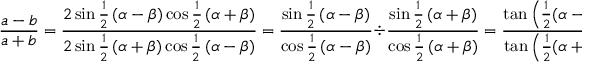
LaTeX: { \frac { a - b } { a + b } } = { \frac { 2 \sin { \frac { 1 } { 2 } } \left( \alpha - \beta \right) \cos { \frac { 1 } { 2 } } \left( \alpha + \beta \right) } { 2 \sin { \frac { 1 } { 2 } } \left( \alpha + \beta \right) \cos { \frac { 1 } { 2 } } \left( \alpha - \beta \right) } } = { \frac { \sin { \frac { 1 } { 2 } } \left( \alpha - \beta \right) } { \cos { \frac { 1 } { 2 } } \left( \alpha - \beta \right) } } \div { \frac { \sin { \frac { 1 } { 2 } } \left( \alpha + \beta \right) } { \cos { \frac { 1 } { 2 } } \left( \alpha + \beta \right) } } = { \frac { \tan \left( { \frac { 1 } { 2 } } ( \alpha - \beta ) \right) } { \tan \left( { \frac { 1 } { 2 } } ( \alpha + \beta ) \right) } } .